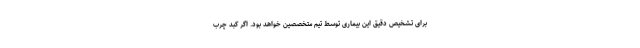
برای تشخیص دقیق این بیماری توسط تیم متخصصین خواهد بود. اگر کبد چرب